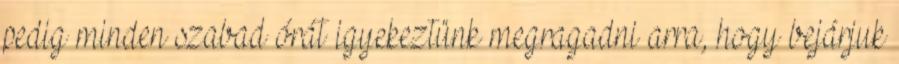
pedig minden szabad órát igyekeztünk megragadni arra, hogy bejárjuk